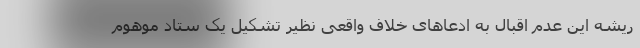
ریشه این عدم اقبال به ادعاهای خلاف واقعی نظیر تشکیل یک ستاد موهوم